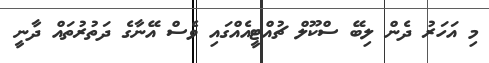
މި އަހަރު ދެން ލިބޭ ސްކޫލް ޗުއްޓީއެއްގައި ވެސް އޭނާގެ ދަތުރުތައް ދާނީ